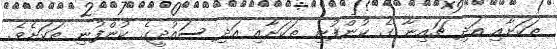
ތަކަށާއި އަދި ޗައިނާ ގެ ކުންފުނި ތަކަށާއި އަދި ސައުދީގެ ކުންފުނި ތަކަށެވެ.